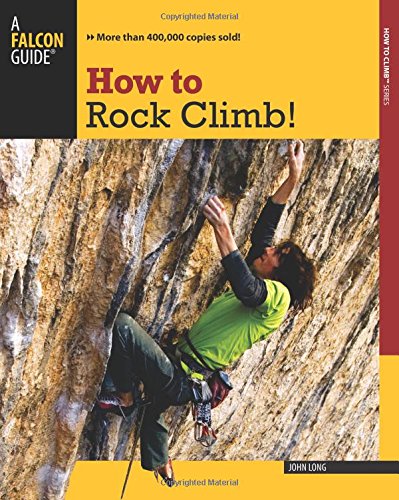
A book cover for How to Rock Climb! (How To Climb Series); John Long; Sports & Outdoors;